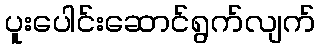
ပူးပေါင်းဆောင်ရွက်လျက်